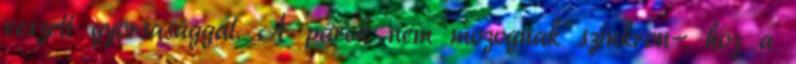
veszett gyorsasággal. A párok nem mozognak szinkron- hoz a